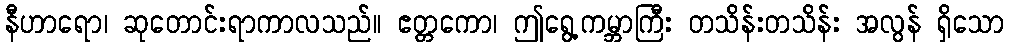
နီဟာရော၊ ဆုတောင်းရာကာလသည်။ ဧတ္တကော၊ ဤရွေ့ကမ္ဘာကြီး တသိန်းတသိန်း အလွန် ရှိသော